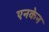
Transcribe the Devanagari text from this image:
एनकेन